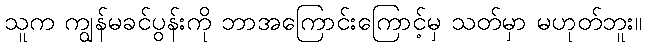
သူက ကျွန်မခင်ပွန်းကို ဘာအကြောင်းကြောင့်မှ သတ်မှာ မဟုတ်ဘူး။